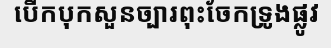
បើកបុកសួនច្បារពុះចែកទ្រូងផ្លូវ